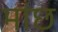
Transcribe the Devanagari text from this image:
मांछ